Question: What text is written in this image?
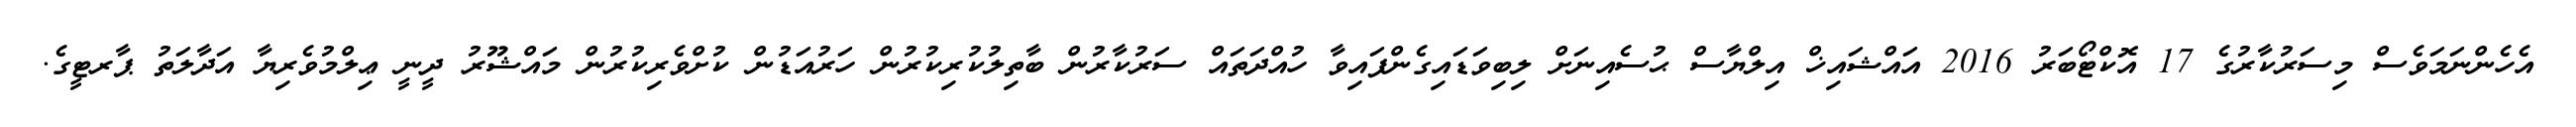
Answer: އެހެންނަމަވެސް މިސަރުކާރުގެ 17 އޮކްޓޯބަރު 2016 އައްޝައިޚް އިލްޔާސް ޙުސެއިނަށް ލިބިވަޑައިގެންފައިވާ ހުއްދަތައް ސަރުކާރުން ބާތިލުކުރިކުރުން ހަރުއަޑުން ކުށްވެރިކުރުން މައްޝޫރު ދީނީ ޢިލްމުވެރިޔާ އަދާލަތު ޕާރޓީގެ.